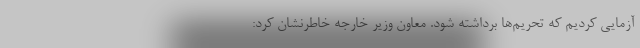
آزمایی کردیم که تحریم‌ها برداشته شود. معاون وزیر خارجه خاطرنشان کرد: